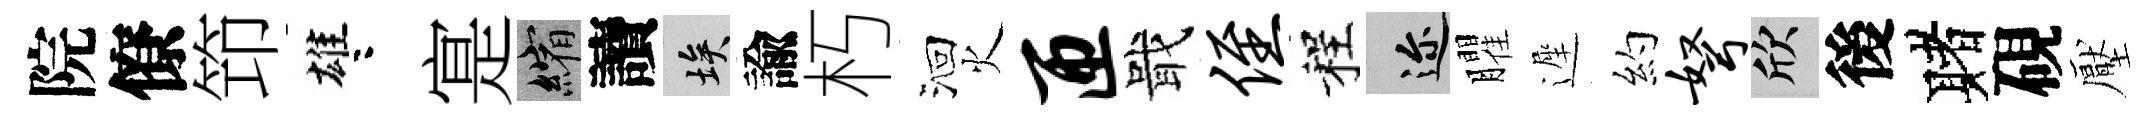
院僚笻雄咯寔縮讀埃諭朽洄火匝戢侄程邇臞遲約弩欣後赌硯壓